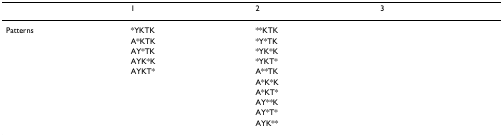
<table><thead><tr><td>[EMPTY_CELL]</td><td><b>1</b></td><td><b>2</b></td><td><b>3</b></td></tr></thead><tbody><tr><td>Patterns</td><td>*YKTK</td><td>**KTK</td><td>[EMPTY_CELL]</td></tr><tr><td>[EMPTY_CELL]</td><td>A*KTK</td><td>*Y*TK</td><td>[EMPTY_CELL]</td></tr><tr><td>[EMPTY_CELL]</td><td>AY*TK</td><td>*YK*K</td><td>[EMPTY_CELL]</td></tr><tr><td>[EMPTY_CELL]</td><td>AYK*K</td><td>*YKT*</td><td>[EMPTY_CELL]</td></tr><tr><td>[EMPTY_CELL]</td><td>AYKT*</td><td>A**TK</td><td>[EMPTY_CELL]</td></tr><tr><td>[EMPTY_CELL]</td><td>[EMPTY_CELL]</td><td>A*K*K</td><td>[EMPTY_CELL]</td></tr><tr><td>[EMPTY_CELL]</td><td>[EMPTY_CELL]</td><td>A*KT*</td><td>[EMPTY_CELL]</td></tr><tr><td>[EMPTY_CELL]</td><td>[EMPTY_CELL]</td><td>AY**K</td><td>[EMPTY_CELL]</td></tr><tr><td>[EMPTY_CELL]</td><td>[EMPTY_CELL]</td><td>AY*T*</td><td>[EMPTY_CELL]</td></tr><tr><td>[EMPTY_CELL]</td><td>[EMPTY_CELL]</td><td>AYK**</td><td>[EMPTY_CELL]</td></tr></tbody></table>